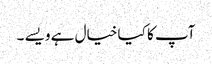
آپ کا کیا خیال ہے ویسے ۔